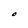
Character: O